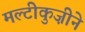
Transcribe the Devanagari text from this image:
मल्टीकुज़ीने